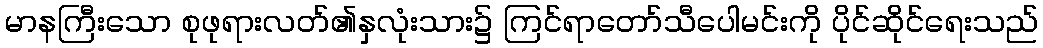
မာနကြီးသော စုဖုရားလတ်၏နှလုံးသား၌ ကြင်ရာတော်သီပေါမင်းကို ပိုင်ဆိုင်ရေးသည်